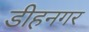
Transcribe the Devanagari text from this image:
डीहनगर